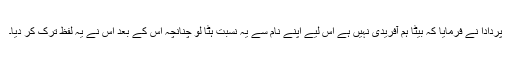
پردادا نے فرمایا کہ بیٹا ہم آفریدی نہیں ہے اس لیے اپنے نام سے یہ نسبت ہٹا لو چنانچہ اس کے بعد اس نے یہ لفظ ترک کر دیا۔